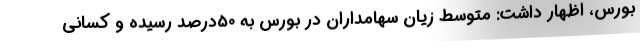
بورس، اظهار داشت: متوسط زیان سهامداران در بورس به 50درصد رسیده و کسانی